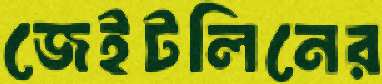
জেইটলিনের